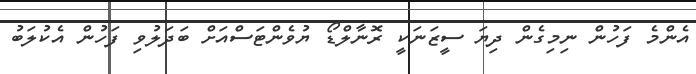
އެންމެ ފަހުން ނިމިގެން ދިޔަ ސީޒަނަކީ ރޮނާލްޑޯ ޔުވެންޓަސްއަށް ބަދަލުވި ފަހުން އެކުލަބު